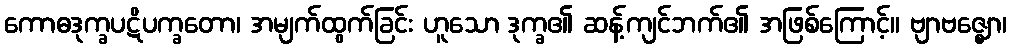
ကောဓဒုက္ခပဋိပက္ခတော၊ အမျက်ထွက်ခြင်း ဟူသော ဒုက္ခ၏ ဆန့်ကျင်ဘက်၏ အဖြစ်ကြောင့်။ ဗျာဗဇ္ဈော၊